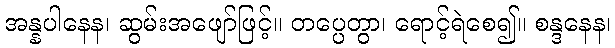
အန္နပါနေန၊ ဆွမ်းအဖျော်ဖြင့်။ တပ္ပေတွာ၊ ရောင့်ရဲစေ၍။ စန္ဒနေန၊